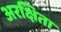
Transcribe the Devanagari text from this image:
अरक्षिता